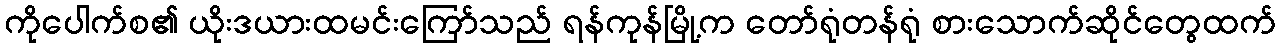
ကိုပေါက်စ၏ ယိုးဒယားထမင်းကြော်သည် ရန်ကုန်မြို့က တော်ရုံတန်ရုံ စားသောက်ဆိုင်တွေထက်